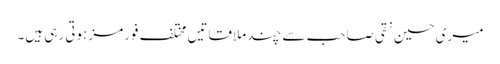
میری حسین نقی صاحب سے چند ملاقاتیں مختلف فورمز ہوتی رہی ہیں۔